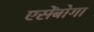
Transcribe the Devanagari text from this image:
एसेंबोगा